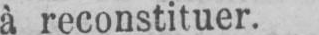
à reconstituer.